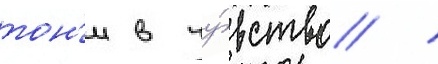
тон'и в чу́вство /